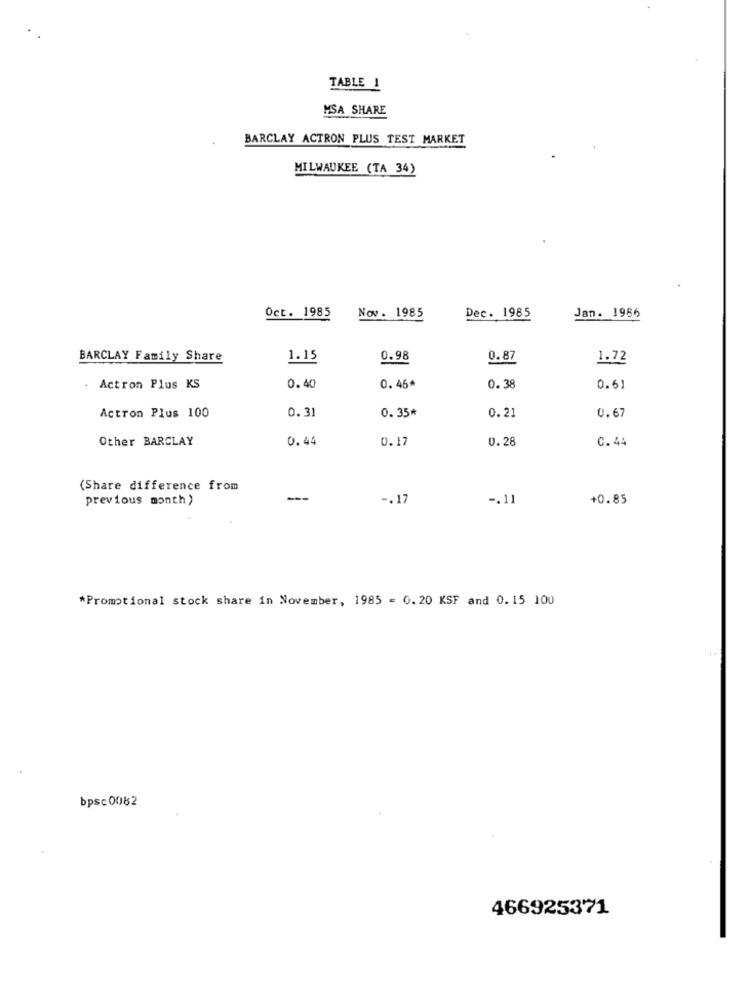
TABLE 1
MSA SHARE
BARCLAY ACTRON PLUS TEST MARKET
MILWAUKEE (TA 34)
Oct. 1985
Jan. 1966
Nov. 1985
Dec. 1985
BARCLAY Family Share
1.15
0.98
0.87
1.72
Actron Plus KS
0.40
0. 46*
0.38
0.61
0.31
0.21
Actron Plus 100
0.35*
0.67
Other BARCLAY
0.44
0.17
0.28
C. 44
(Share difference from
previous month )
---
-. 17
-. 11
+0.85
*Promotional stock share in November, 1985 = 0.20 KSF and 0.15 100
bpsc0082
466925371